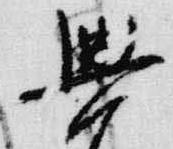
興